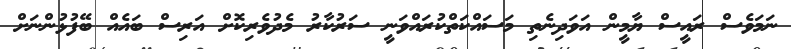
ނަމަވެސް ރައީސް ޔާމީން އަވަދިނެތި މަސައްކަތްކުރައްވަނީ ސަރުކާރު މެދުވެރިކޮށް އަރިސް ބައެއް ބޭފުޅުންނަށް